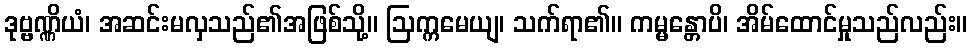
ဒုဗ္ဗဏ္ဏိယံ၊ အဆင်းမလှသည်၏အဖြစ်သို့။ ဩက္ကမေယျ၊ သက်ရာ၏။ ကမ္မန္တောပိ၊ အိမ်ထောင်မှုသည်လည်း။